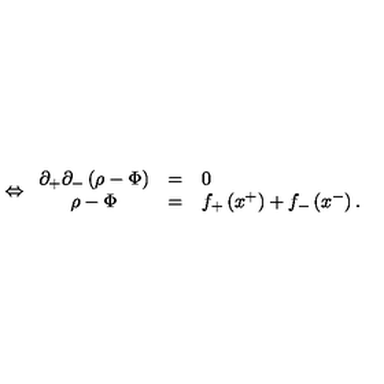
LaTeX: \Leftrightarrow \begin{array} { c c l } { \partial _ { + } \partial _ { - } \left( \rho - \Phi \right) } & { = } & { 0 } \\ { \rho - \Phi } & { = } & { f _ { + } \left( x ^ { + } \right) + f _ { - } \left( x ^ { - } \right) . } \\ \end{array}